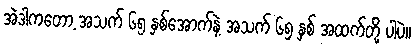
အဲဒါကတော့ အသက် ၆၅ နှစ်အောက်နဲ့ အသက် ၆၅ နှစ် အထက်တို့ ပါပဲ။